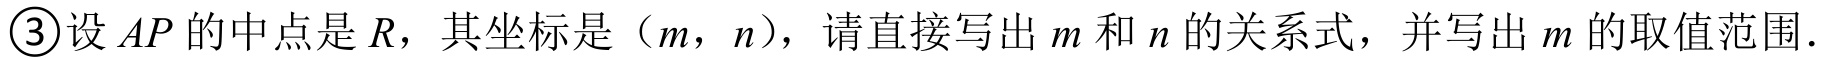
\textcircled{3}设\(AP\)的中点是\(R\)，其坐标是\((m,n)\)，请直接写出\(m\)和\(n\)的关系式，并写出\(m\)的取值范围.